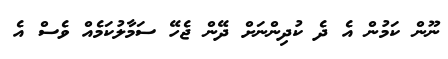
ނޫން ކަމުން އެ ދެ ކުދިންނަށް ދޭން ޖެހޭ ސަމާލުކަމެއް ވެސް އެ